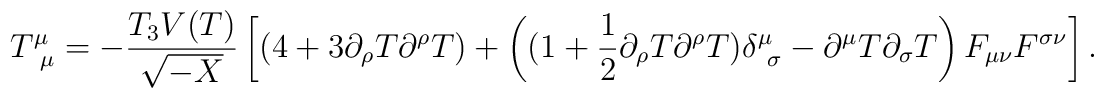
T^\mu_{~\mu} = -\frac {T_3 V(T)}{\sqrt{-X }} \left[ (4 + 3\partial_\rho T \partial^\rho T) +\left((1+\frac12 \partial_\rho T\partial^\rho T)\delta^\mu_{~\sigma} - \partial^\mu T \partial_\sigma T\right) F_{\mu\nu} F^{\sigma\nu} \right].